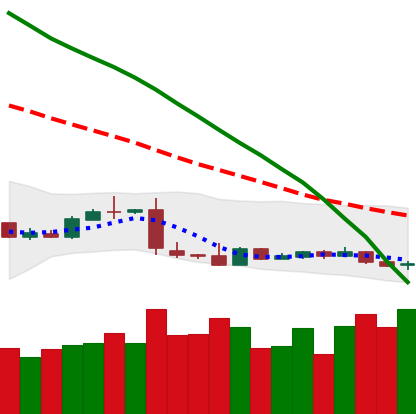
Ticker: XLM-USD
Chart end date: 2019-01-22
Forward return: -7.48%
Label: down_7plus